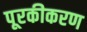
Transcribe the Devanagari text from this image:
पूरकीकरण